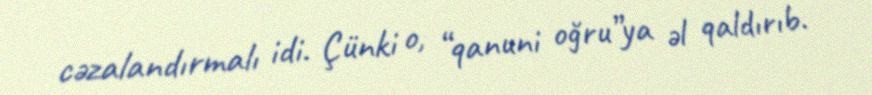
cəzalandırmalı idi. Çünki o, “qanuni oğru”ya əl qaldırıb.